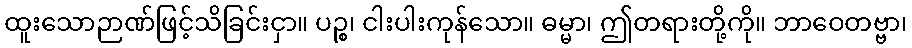
ထူးသောဉာဏ်ဖြင့်သိခြင်းငှာ။ ပဉ္စ၊ ငါးပါးကုန်သော။ ဓမ္မာ၊ ဤတရားတို့ကို။ ဘာဝေတဗ္ဗာ၊